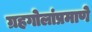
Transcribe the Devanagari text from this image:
ग्रहगोलांप्रमाणे